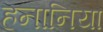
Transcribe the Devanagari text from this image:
हनानिया